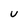
Character: U